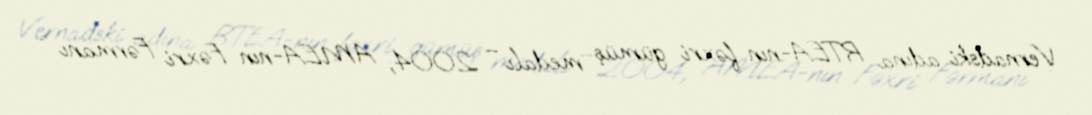
Vernadski adına RTEA-nın fəxri gümüş medalı – 2004; AMEA-nın Fəxri Fərmanı -